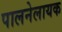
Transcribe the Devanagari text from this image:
पालनेलायक